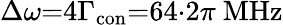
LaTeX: \Delta\omega{=}4\Gamma_{\mathrm{con}}{=}64{\cdot}2\pi\ \mathrm{MHz}